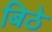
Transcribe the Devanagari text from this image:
बिठे